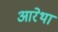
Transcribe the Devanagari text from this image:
आरेथा